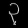
Digit: ၃